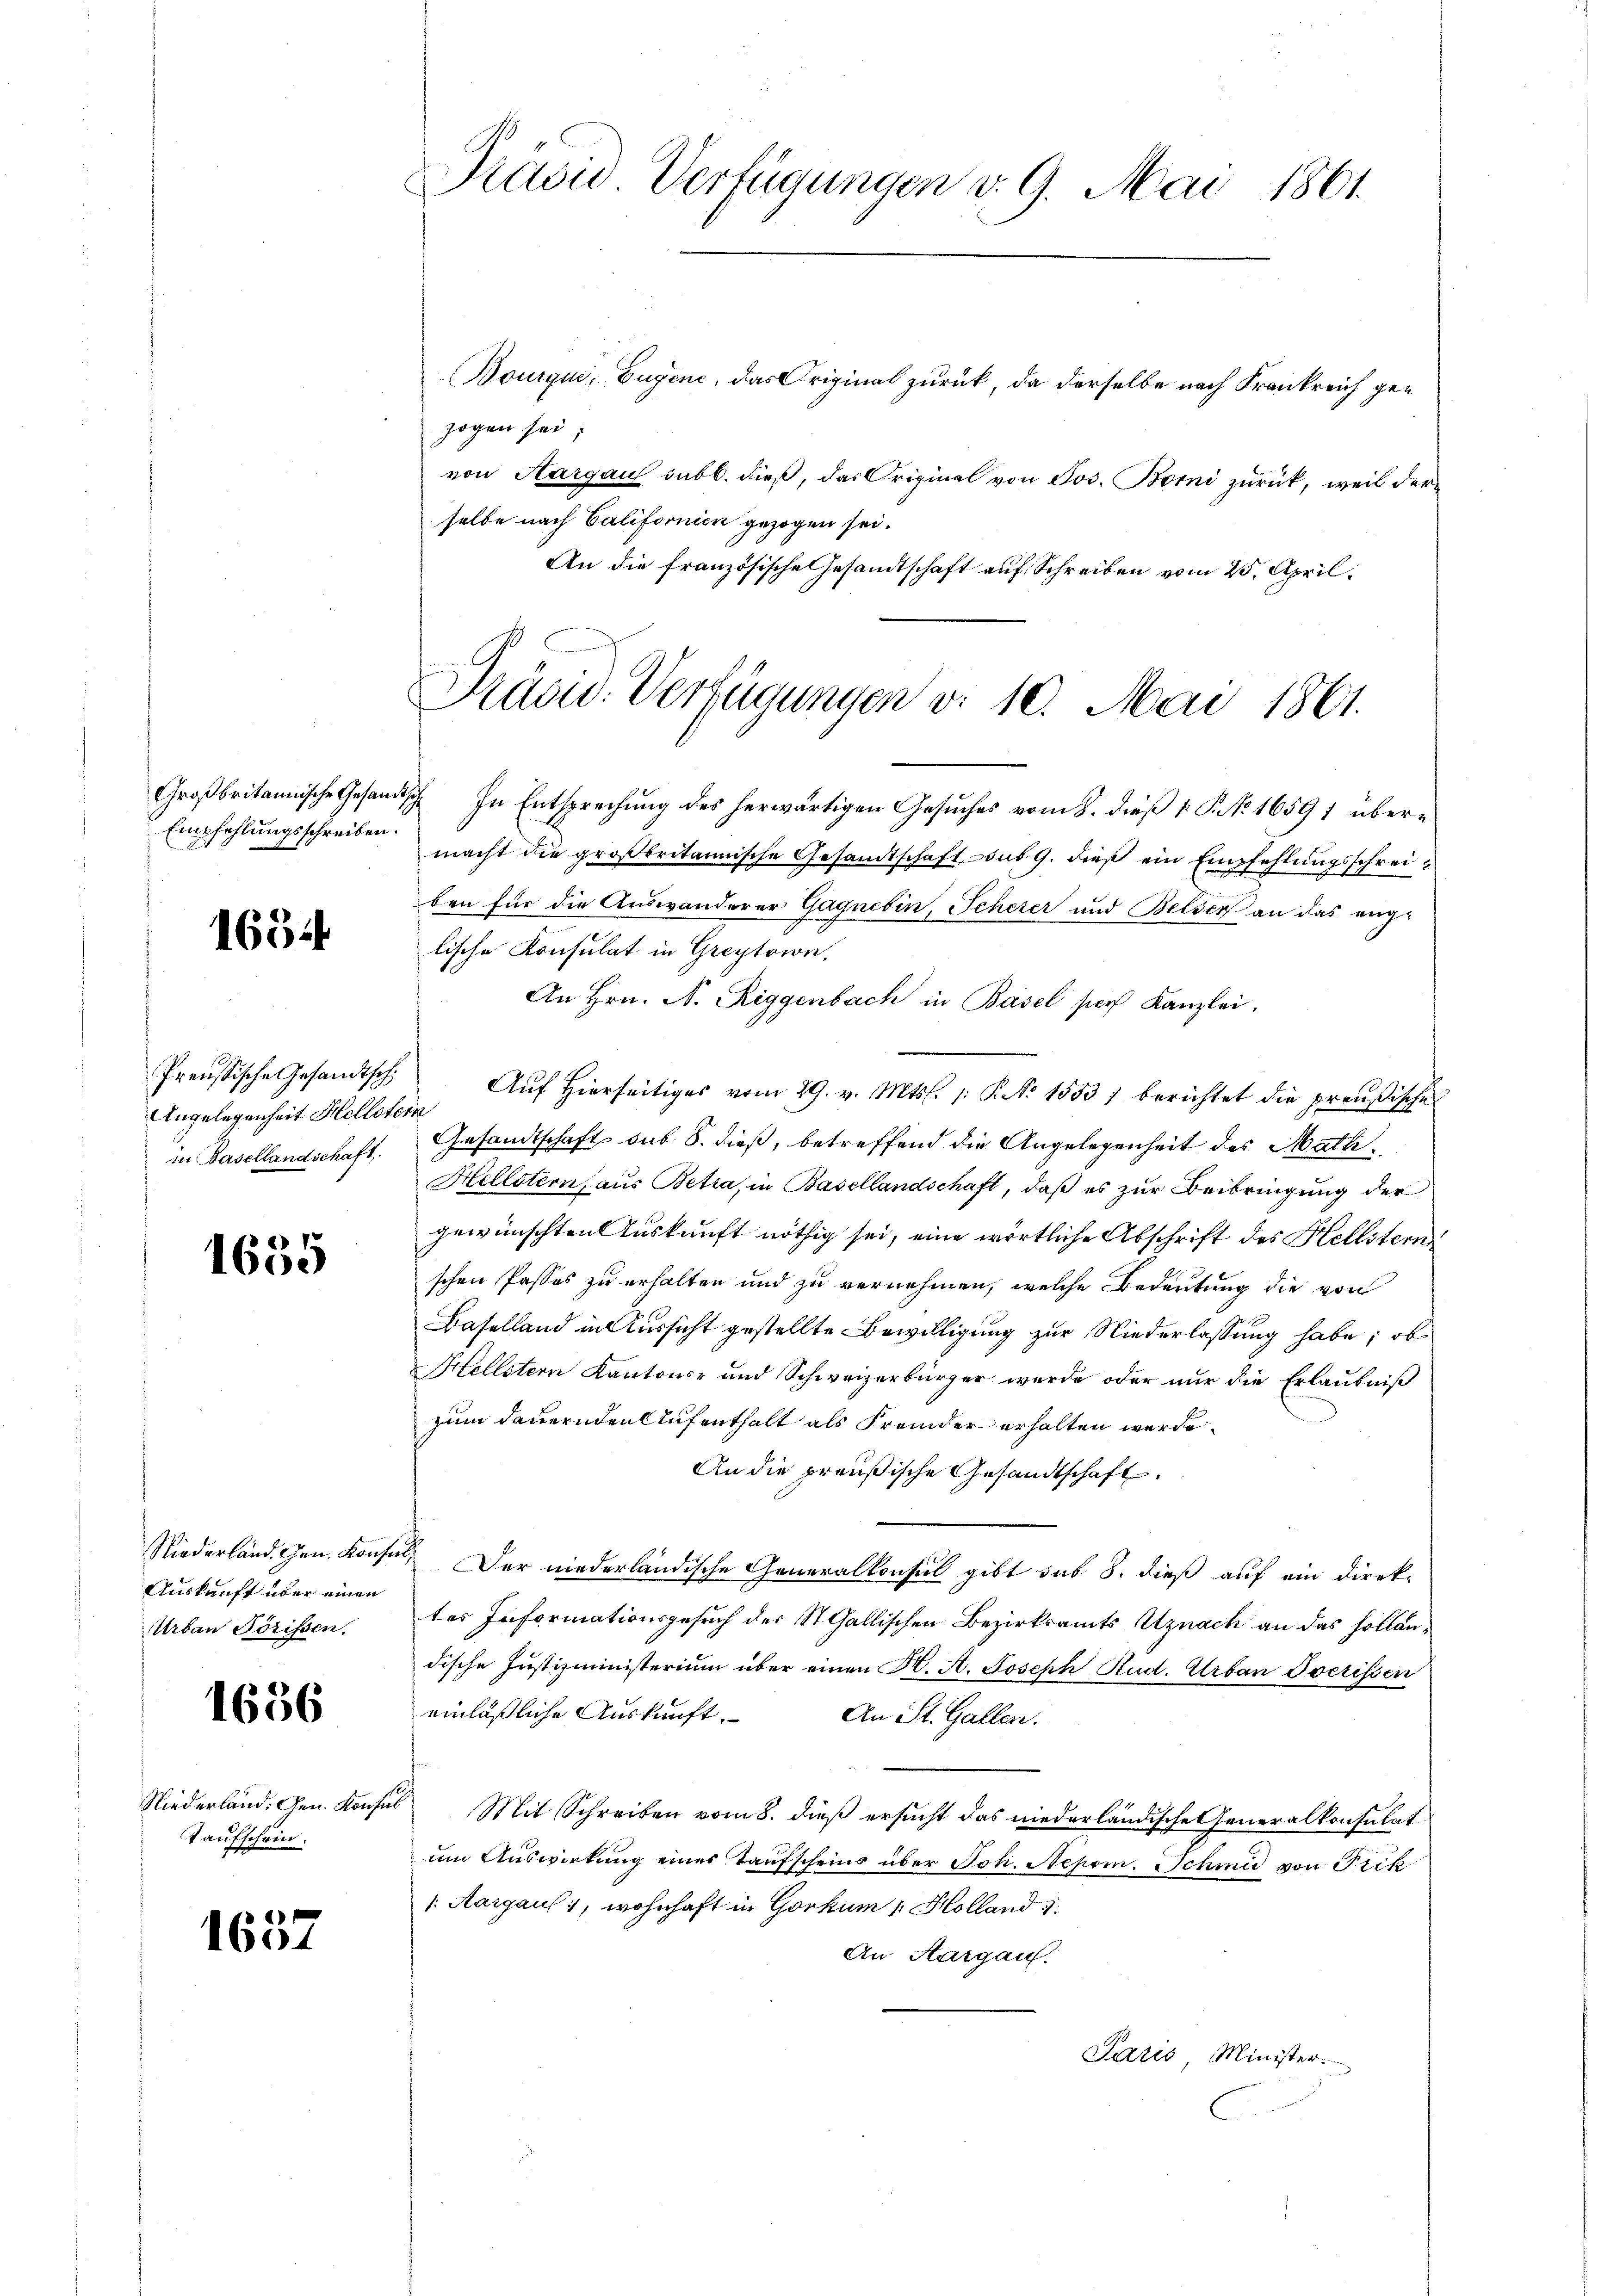
Empfehlungsschreiben.

1654

Angelegenheit Helletern

1655

Auskunft über einen
Urban Pörissen.

1656

Taufschein.

1637

Bourqui, Eugene, das Original zurück, da derselbe nach Frankreich gezogen sei;
von Aargau subb. dieß, das Original von Jos. Borni zurück, weil der
selbe nach Californien gezogen sei.
An die französische Gesandtschaft auf Schreiben vom 25. April

Prävid Verfügungen v. 9. Mai 1861.

Präsid. Verfügungen v. 10. Mai 1861.

Großbritannische Gesandtsche In Entsprechung des herwärtigen Gesuches vom 8. dieß 1 S. 1659 1 übermacht die großbritannische Gesandtschaft sub 9. dieß ein Empfehlungsschreiben für die Auswanderer Gagnebin, Scherer und Beiser an das ange
lische Konsulat in Greytoin,
An Hrn. N. Riggenbach in Basel sich Kanzlei.
Preußische Gesandtsch. Aŭf Hierseitiges vom 29. v. Mts. 1. P. Nr. 1553 1 berichtet die preußische
in Basellandschaft. Gesandtschaft sub S. dieß, betreffend die Angelegenheit des Math¬
Hellstern, aus Betra, in Basellandschaft, daß es zur Beibringung der
gewünschten Auskunft nöthig sei, eine wörtliche Abschrift des Hellsterni
schen Passes zu erhalten und zu vernehmen, welche Bedeutung die von
Baselland in Aussicht gestellte Bewilligung zur Niederlassung habe; ob
Hellstern Kantons- und Schweizerbürger wurde oder nur die Erlaubniß
zum dauernden Aufenthalt als Fremder erhalten werde.
An die preußische Gesandtschaft.
Niederländ. Gen. Konsul, Der niederländische Generalkonsul gibt sub 8. dieß auf ein Direk-
tes Informationsgesuch des St. Gallischen Bezirksamts Uznach an das Holländische Justizministerium über einen K. A. Joseph Rud. Urban Oserissen
einläßliche Auskunft.
An St. Gallen.
Niederland. Gen. Konsul Mit Schreiben vom 8. dieß ersucht das niederländische Generalkonsulat
um Auswirkung eines Taufscheins über Joh. Nepom. Schmid von Frik
. Aargaus, wohnhaft in Gorkum 1. Holland 1
An Aargau.
Paris Minister.